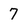
Character: 7